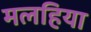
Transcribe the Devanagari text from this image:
मलहिया